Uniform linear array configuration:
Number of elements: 32
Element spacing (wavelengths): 1
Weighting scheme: hamming
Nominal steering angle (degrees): -60
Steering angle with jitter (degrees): -59.051
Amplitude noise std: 0.05
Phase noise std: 0.05

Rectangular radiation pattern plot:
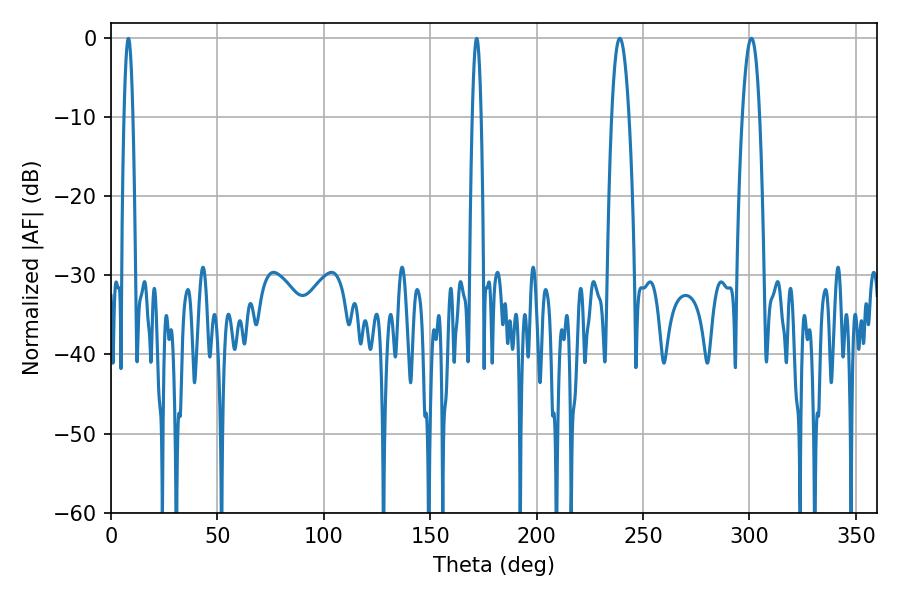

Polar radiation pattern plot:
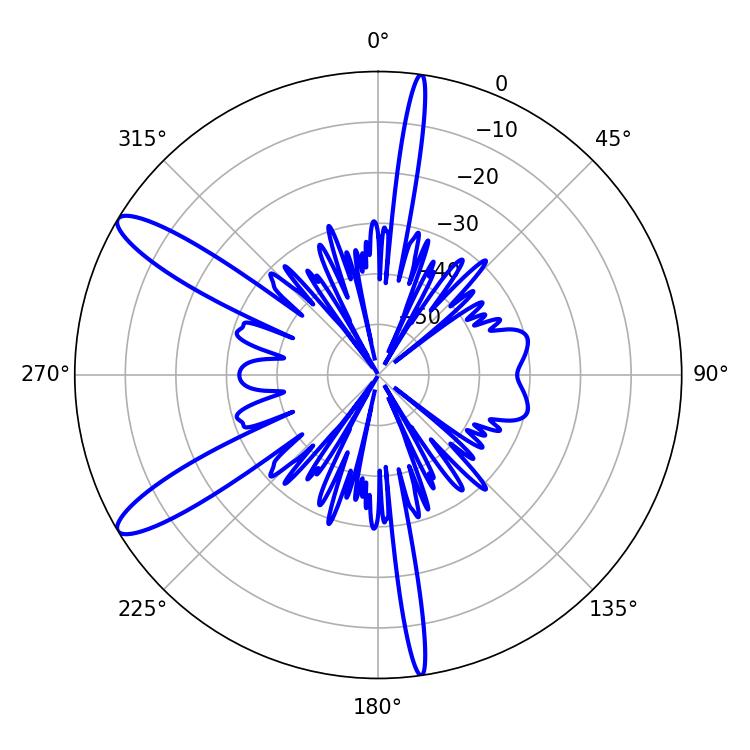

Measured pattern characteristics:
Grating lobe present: TRUE
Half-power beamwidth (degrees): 4.5
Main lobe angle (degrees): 239.04